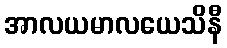
အာလယမာလယေသိနီ